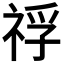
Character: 𥚀